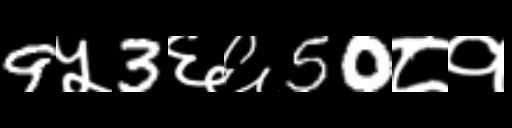
Text: 9५3६६50८१